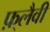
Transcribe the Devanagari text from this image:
फ़्लैवी